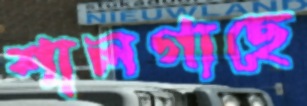
শালগাছে